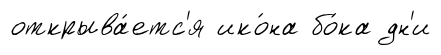
открыва́етс'я ико́на бо́ка дн'и